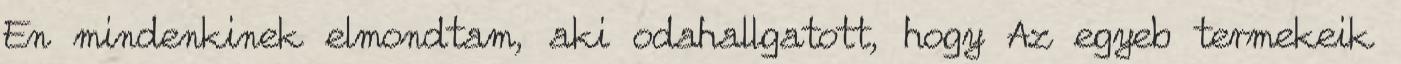
En mindenkinek elmondtam, aki odahallgatott, hogy Az egyeb termekeik